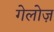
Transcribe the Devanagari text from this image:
गेलोज़